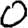
Digit: 0